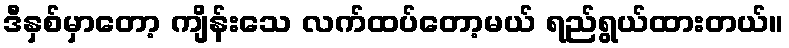
ဒီနှစ်မှာတော့ ကျိန်းသေ လက်ထပ်တော့မယ် ရည်ရွယ်ထားတယ်။